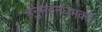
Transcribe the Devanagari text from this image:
हनुमदनघभक्तेः